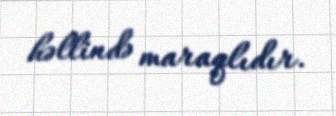
həllində maraqlıdır.